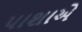
પાશાએ